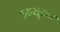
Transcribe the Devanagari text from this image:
उक्तयुक्तार